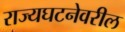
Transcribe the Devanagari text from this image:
राज्यघटनेवरील